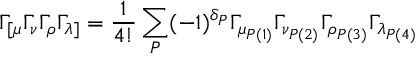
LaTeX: \Gamma _ { [ \mu } \Gamma _ { \nu } \Gamma _ { \rho } \Gamma _ { \lambda ] } = \frac { 1 } { 4 ! } \sum _ { P } ( - 1 ) ^ { \delta _ { P } } \Gamma _ { \mu _ { P ( 1 ) } } \Gamma _ { \nu _ { P ( 2 ) } } \Gamma _ { \rho _ { P ( 3 ) } } \Gamma _ { \lambda _ { P ( 4 ) } }